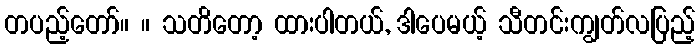
တပည့်တော်။ ။ သတိတော့ ထားပါတယ်, ဒါပေမယ့် သီတင်းကျွတ်လပြည့်